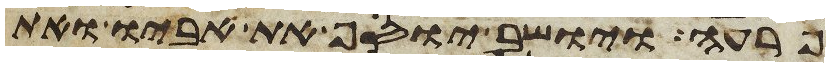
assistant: פרעה ויושב יוסף את אביו ואת